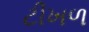
ટીખળ